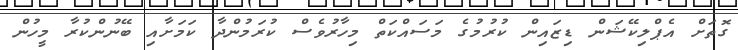
ގޮތަށް އެޕްލިކޭޝަން ޑިޒައިން ކުރުމުގެ މަސައްކަތް މިހާރުވެސް ކުރަމުންދާ ކަމަށާއި ބޭނުންކުރާ މީހުން